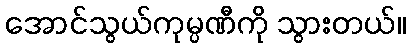
အောင်သွယ်ကုမ္ပဏီကို သွားတယ်။